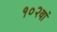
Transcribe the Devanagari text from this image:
१०२वां